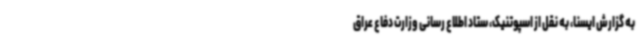
به گزارش ایسنا، به نقل از اسپوتنیک، ستاد اطلاع رسانی وزارت دفاع عراق